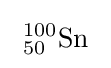
\ {}_{50}^{100}\mathrm {Sn} \